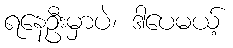
ရနေဦးမှာပဲ၊ ဒါပေမယ့်